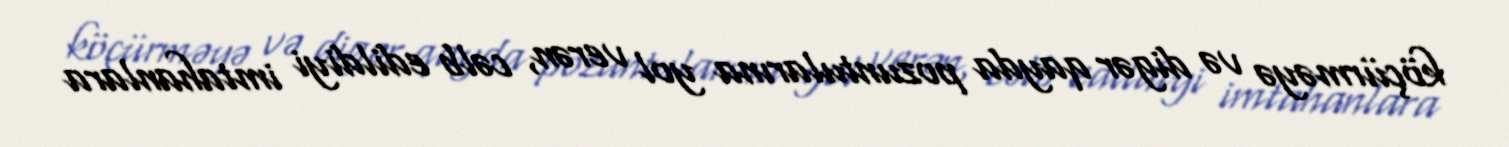
köçürməyə və digər qayda pozuntularına yol verən, cəlb edildiyi imtahanlara